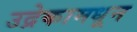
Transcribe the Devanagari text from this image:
उद्रेकामधून